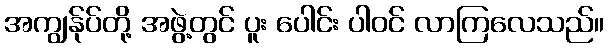
အကျွန်ုပ်တို့ အဖွဲ့တွင် ပူး ပေါင်း ပါဝင် လာကြလေသည်။